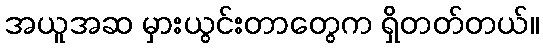
အယူအဆ မှားယွင်းတာတွေက ရှိတတ်တယ်။